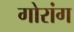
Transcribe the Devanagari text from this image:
गोरांग